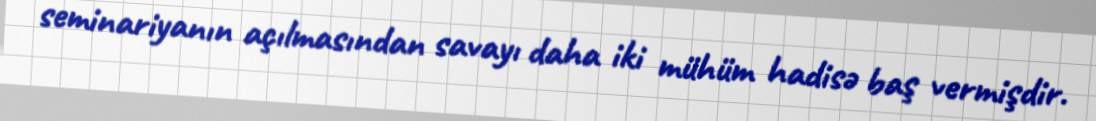
seminariyanın açılmasından savayı daha iki mühüm hadisə baş vermişdir.